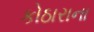
કોઠારાના